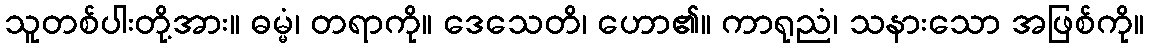
သူတစ်ပါးတို့အား။ ဓမ္မံ၊ တရာကို။ ဒေသေတိ၊ ဟော၏။ ကာရုညံ၊ သနားသော အဖြစ်ကို။